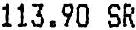
113.90 SR